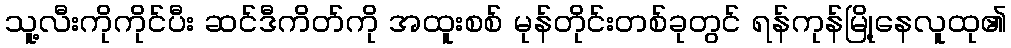
သူ့လီးကိုကိုင်ပီး ဆင်ဒီကိတ်ကို အထူးစစ် မုန်တိုင်းတစ်ခုတွင် ရန်ကုန်မြို့နေလူထု၏